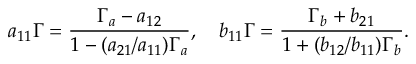
a _ { 1 1 } \Gamma = \frac { \Gamma _ { a } - a _ { 1 2 } } { 1 - ( a _ { 2 1 } / a _ { 1 1 } ) \Gamma _ { a } } , \quad b _ { 1 1 } \Gamma = \frac { \Gamma _ { b } + b _ { 2 1 } } { 1 + ( b _ { 1 2 } / b _ { 1 1 } ) \Gamma _ { b } } .